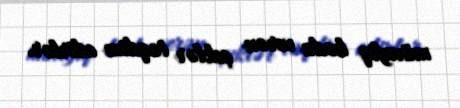
müvafiq kodu verən çeklər təqdim edirlər.